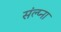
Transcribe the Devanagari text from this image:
संल्प्ना